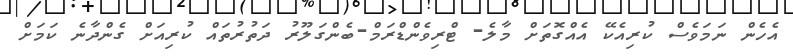
އެހެން ނަމަވެސް ކުރިއެކޭ އެއްގޮތަށް މާލެ- ޓްރިވެންޑްރަމް-ބެންގަލޫރު ދަތުރުތައް ކުރިއަށް ގެންދާނެ ކަމަށް